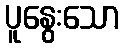
ပူနွေးသော